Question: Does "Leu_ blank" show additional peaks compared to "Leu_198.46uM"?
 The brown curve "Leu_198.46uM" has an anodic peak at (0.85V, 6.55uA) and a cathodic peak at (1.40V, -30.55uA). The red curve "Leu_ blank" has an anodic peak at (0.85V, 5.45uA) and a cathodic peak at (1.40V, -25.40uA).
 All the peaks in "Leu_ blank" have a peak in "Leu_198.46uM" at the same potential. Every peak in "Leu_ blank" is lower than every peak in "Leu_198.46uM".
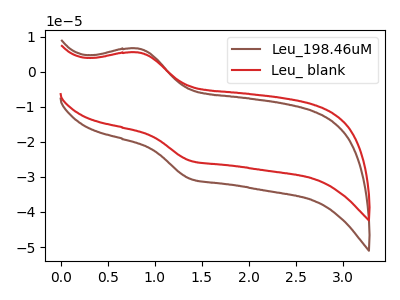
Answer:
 <answer>No, "Leu_ blank" and "Leu_198.46uM" don't appear to be significantly different in shape</answer>
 <eval>no_change</eval>